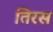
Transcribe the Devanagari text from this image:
तिरस